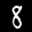
Label: 8